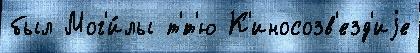
был Мог'и́лы т'́т'ю К'иносозв'езд'иjе